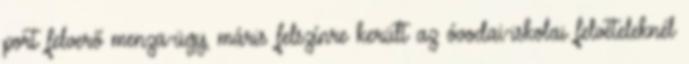
port felverő menza-ügy, máris felszínre került az óvodai-iskolai felvételeknél